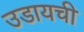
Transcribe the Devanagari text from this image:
उडायची